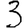
Digit: 3